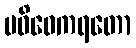
ပဝိဝေကရတော